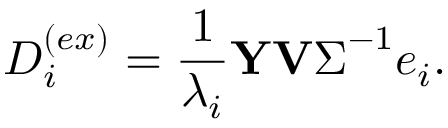
D _ { i } ^ { ( e x ) } = \frac { 1 } { \lambda _ { i } } \mathbf { Y } \mathbf { V } \boldsymbol { \Sigma } ^ { - 1 } e _ { i } .